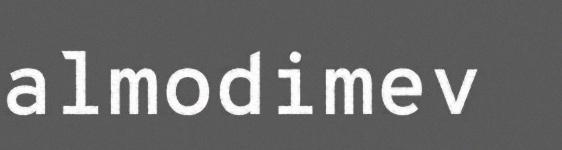
almodimev